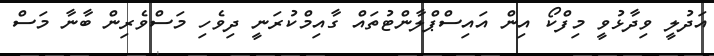
އަދުލީ ވިދާޅުވީ މިފްކޯ އިން އައިސްޕްލާންޓުތައް ގާއިމްކުރަނީ ދިވެހި މަސްވެރިން ބާނާ މަސް